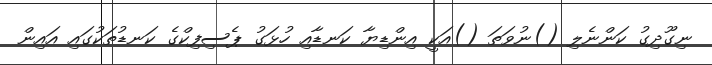
ނިގޫދިގު ކަންނެލި ()ނުވަތަ ()އަކީ އިންޑިޔާ ކަނޑާއި ހުޅަގު ޕެސިފިކްގެ ކަނޑުތަކުގައި އައިން